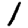
Digit: 1